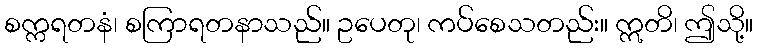
စက္ကရတနံ၊ စကြာရတနာသည်။ ဥပေတု၊ ကပ်စေသတည်း။ ဣတိ၊ ဤသို့။